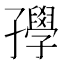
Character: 𡦰